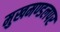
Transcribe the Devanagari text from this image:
मुखमण्डलपर